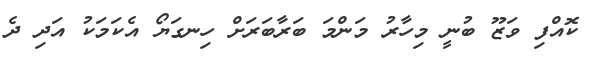
ކޮއްފި ވަޒޫ ބުނީ މިހާރު މަންމަ ބަރާބަރަށް ހިނގަޔޯ އެކަމަކު އަދި ދެ